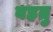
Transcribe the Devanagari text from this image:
बहतु